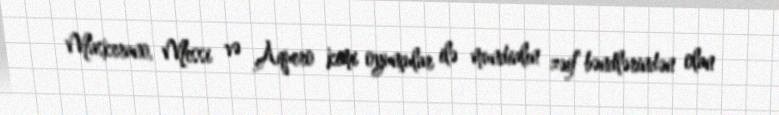
Maskerano, Messi və Aquero kimi oyunçular ilə mundialın zəif bəndlərindən olan